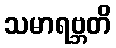
သမာရဗ္ဘတိ